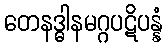
တေနဒ္ဓါနမဂ္ဂပဋိပန္နံ